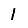
Digit: 1